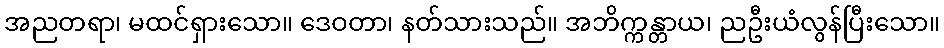
အညတရာ၊ မထင်ရှားသော။ ဒေဝတာ၊ နတ်သားသည်။ အဘိက္ကန္တာယ၊ ညဦးယံလွန်ပြီးသော။